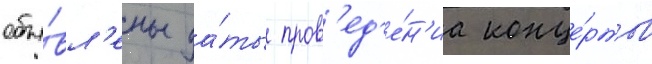
объя́вл'ены да́ты пров'ед'е́н'иа конце́ртов